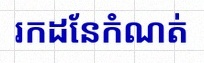
រកដែនកំណត់